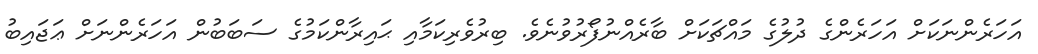
އަހަރެންނަކަށް އަހަރެންގެ ދުލުގެ މައްޗަކަށް ބާރެއްނުފޯރުވުނެވެ. ބިރުވެރިކަމާއި ޙައިރާންކަމުގެ ސަބަބުން އަހަރެންނަށް ޢަަޖައިބު